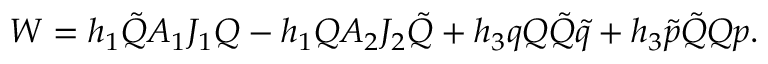
W = h _ { 1 } \tilde { \cal Q } A _ { 1 } J _ { 1 } { \cal Q } - h _ { 1 } { \cal Q } A _ { 2 } J _ { 2 } \tilde { \cal Q } + h _ { 3 } q { \cal Q } \tilde { \cal Q } \tilde { q } + h _ { 3 } \tilde { p } \tilde { \cal Q } { \cal Q } p .